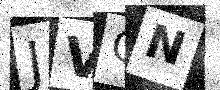
Text: JVCN